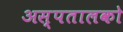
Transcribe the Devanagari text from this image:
अस्पतालको